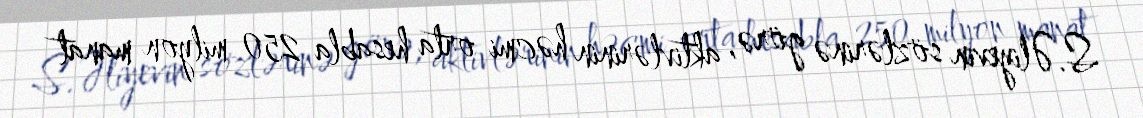
S.Əliyevin sözlərinə görə, aktivlərinin həcmi orta hesabla 250 milyon manat